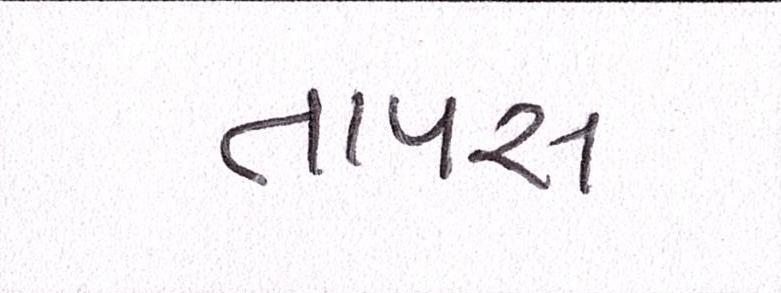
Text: તાપસ